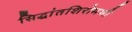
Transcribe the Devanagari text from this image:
सिद्धांतशिरोमणी